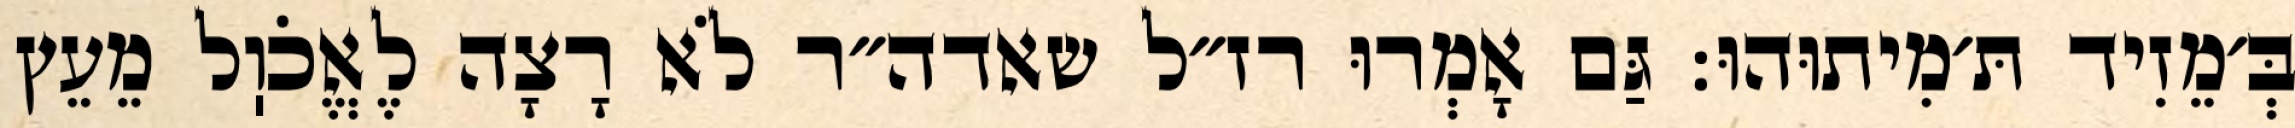
בְּ׳מֵזִיד תּ׳מִיתוּהוּ: גַּם אָמְרוּ רז״ל שאדה״ר לֹא רָצָה לֶאֱכֹוֽל מֵעֵץ